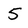
Character: 5